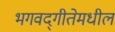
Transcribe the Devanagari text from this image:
भगवद्‍गीतेमधील